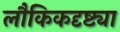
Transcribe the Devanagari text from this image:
लौकिकदृष्ट्या